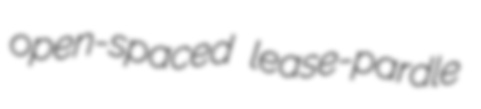
open-spaced lease-pardle